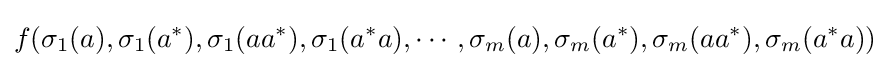
f(\sigma _{1}(a),\sigma _{1}(a^{*}),\sigma _{1}(aa^{*}),\sigma _{1}(a^{*}a),\cdots ,\sigma _{m}(a),\sigma _{m}(a^{*}),\sigma _{m}(aa^{*}),\sigma _{m}(a^{*}a))